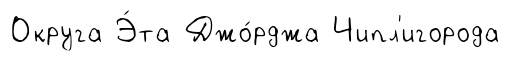
Округа Э́та Джо́рджа Чипл'игорода